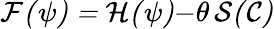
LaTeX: \cal{F}(\psi)=H(\psi){-}\theta\, S(\cal{C})